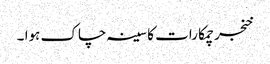
خنجر چمکا رات کا سینہ چاک ہوا ۔